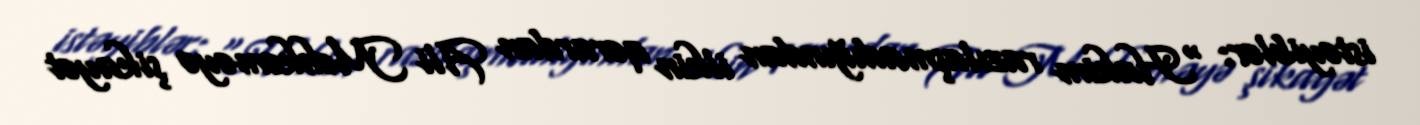
istəyiblər: “Hakim razılaşmadığından ilkin qərardan Ali Məhkəməyə şikayət